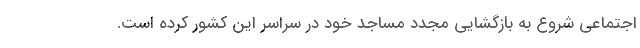
اجتماعی شروع به بازگشایی مجدد مساجد خود در سراسر این کشور کرده است.